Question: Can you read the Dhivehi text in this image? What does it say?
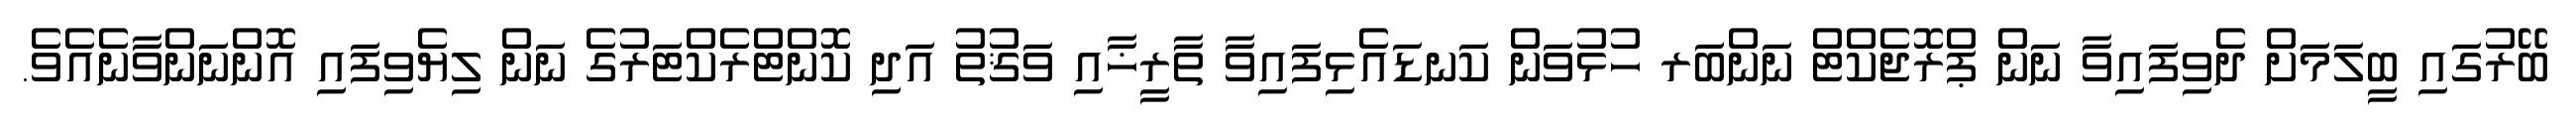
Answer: ބޭރުގައި ބީލަމަށް ދެވިފައިވާ ނަން ޕްރޮޖެކްޓް ނަންބަރ ހުޅުވަން ކަނޑައެޅިފައިވާ ތާރީޚާއި ވަޤުތު އަދި ކޮންޓްރެކްޓަރުގެ ނަން ލިޔެވިފައި އޮންނަންވާނެއެވެ.